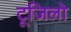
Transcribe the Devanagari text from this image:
टूजिलो